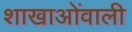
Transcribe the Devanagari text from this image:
शाखाओंवाली